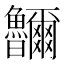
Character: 鿩